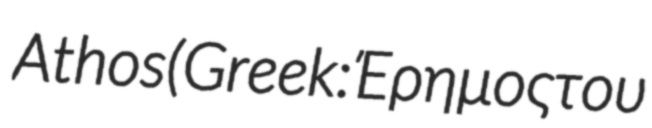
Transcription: Athos (Greek: Έρημος του